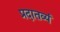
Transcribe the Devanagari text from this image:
प्रदातव्यं